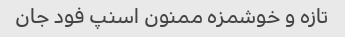
تازه و خوشمزه ممنون اسنپ فود جان